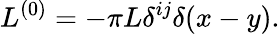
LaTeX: L^{(0)}=-\pi L\delta^{ij}\delta(x-y).